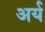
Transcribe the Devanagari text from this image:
अर्य